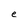
Character: e